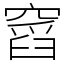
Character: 𥧹